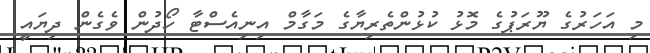
މި އަހަރުގެ ޔޫރަޕުގެ މޮޅު ކުޅުންތެރިޔާގެ މަގާމް އިނިއެސްޓާ ހޯދުން ވެގެން ދިޔައީ